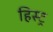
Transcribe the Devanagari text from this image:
हिस्ट्र